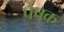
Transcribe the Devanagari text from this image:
पेषक